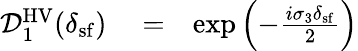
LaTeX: \begin{array}{rlr}{\mathcal{D}_{1}^{\mathrm{HV}}(\delta_{\mathrm{sf}})}&{{}=}&{\exp\left(-\frac{i\sigma_{3}\delta_{\mathrm{sf}}}{2}\right)}\end{array}